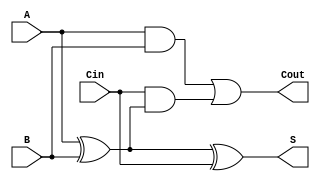
`timescale 1ns / 1ps
//////////////////////////////////////////////////////////////////////////////////
// Company: 
// Engineer: 
// 
// Design Name: 
// Module Name: one_bit_adder
// Project Name: 
// Target Devices: 
// Tool Versions: 
// Description: 
// 
// Dependencies: 
// 
// Revision:
// Revision 0.01 - File Created
// Additional Comments:
// 
//////////////////////////////////////////////////////////////////////////////////


module one_bit_adder(input A,B,Cin,output S,Cout);

    assign S = A ^ B ^ Cin;
    assign Cout = (A&B) || (Cin & (A^B));
    
endmodule